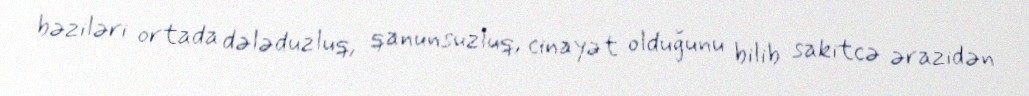
bəziləri ortada dələduzluq, qanunsuzluq, cinayət olduğunu bilib sakitcə ərazidən